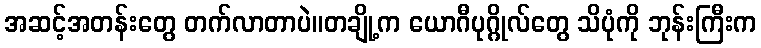
အဆင့်အတန်းတွေ တက်လာတာပဲ။တချို့က ယောဂီပုဂ္ဂိုလ်တွေ သိပုံကို ဘုန်းကြီးက